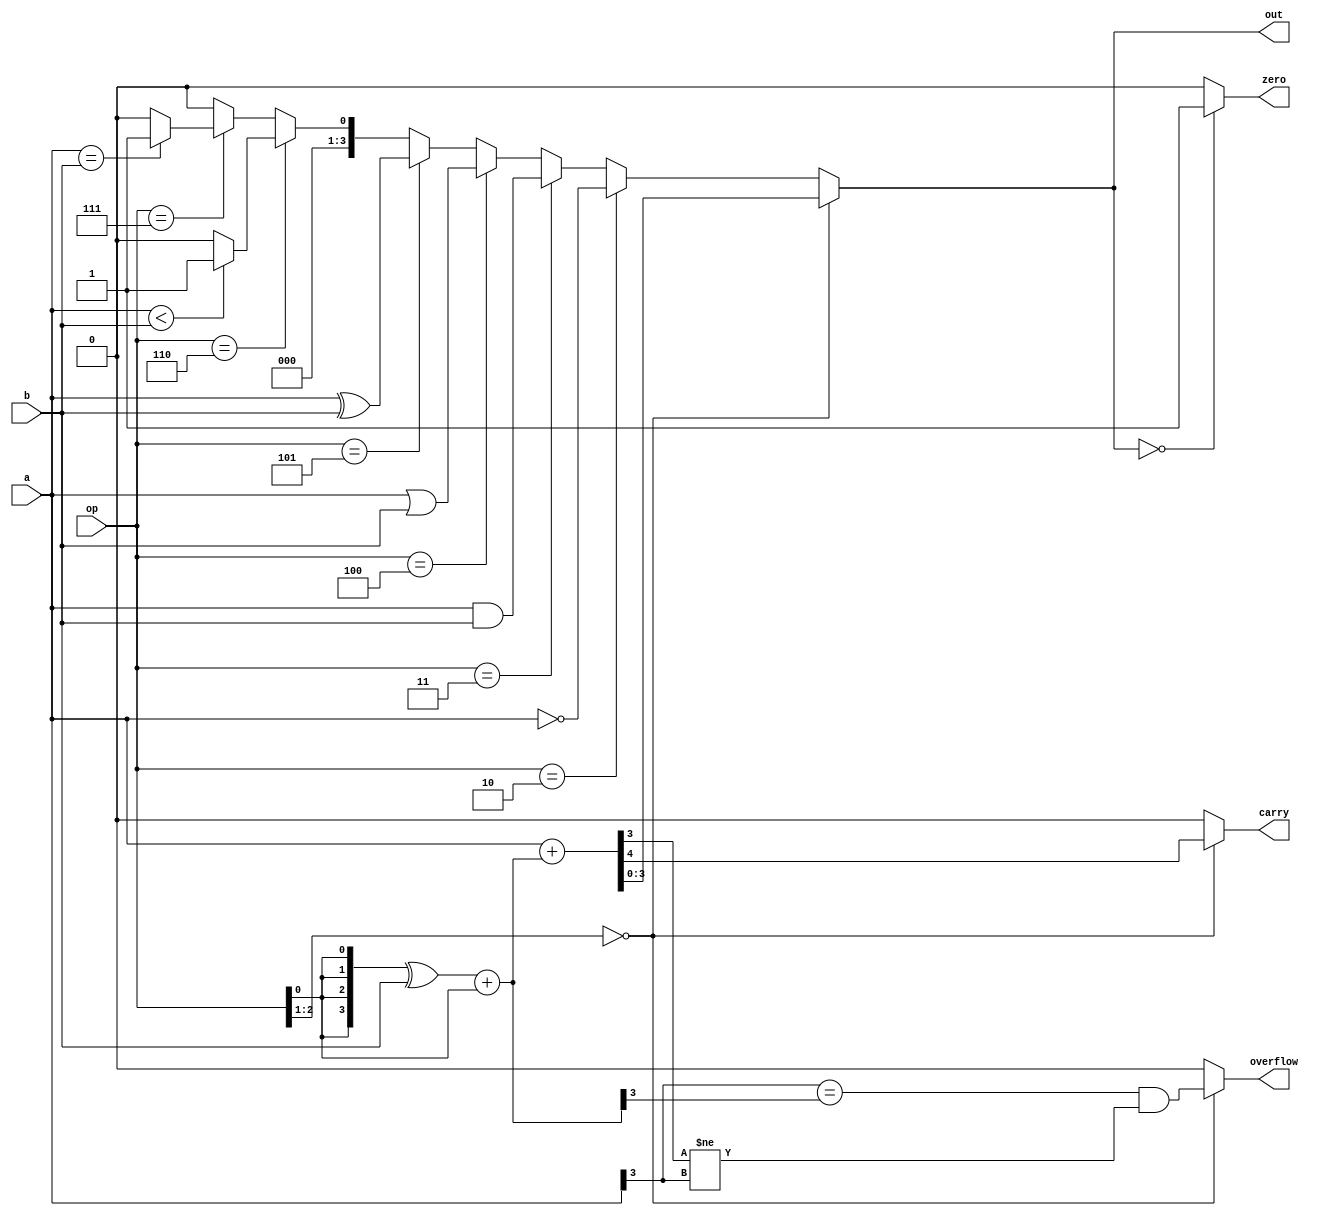
module alu(
  input signed [3:0] a,
  input signed [3:0] b,
  input [2:0] op,
  output reg signed [3:0] out,
  output reg overflow,
  output reg carry,
  output reg zero
);

reg [3:0] t_add_Cin;

always @(*) begin
  out = 4'b0000;
  overflow = 1'b0;
  carry = 1'b0;
  zero = 1'b0;
  t_add_Cin = 4'b0000;

  if (op[2:1] == 2'b000) begin
    t_add_Cin =( {4{op[0]}}^b )+ {3'b000, op[0]};
    { carry, out } = a + t_add_Cin;
    overflow = (a[3] == t_add_Cin[3]) && (out[3] != a[3]);
  end else if (op == 3'b010) begin
    out = ~a;
  end else if (op == 3'b011) begin
    out = a & b;
  end else if (op == 3'b100) begin
    out = a | b;
  end else if (op == 3'b101) begin
    out = a ^ b;
  end else if (op == 3'b110) begin
    out = a < b ? 4'b0001 : 4'b0000;
  end else if (op == 3'b111) begin
    out = a == b ? 4'b0001 : 4'b0000;
  end

  if (out == 4'b0000) begin
    zero = 1'b1;
  end else begin
    zero = 1'b0;
  end

end

endmodule